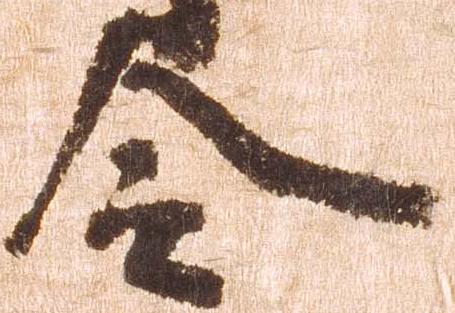
令